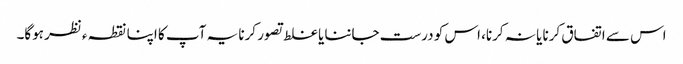
اس سے اتفاق کرنا یا نہ کرنا، اس کو درست جاننا یا غلط تصور کرنا یہ آپ کا اپنا نقطہ ءنظر ہوگا۔